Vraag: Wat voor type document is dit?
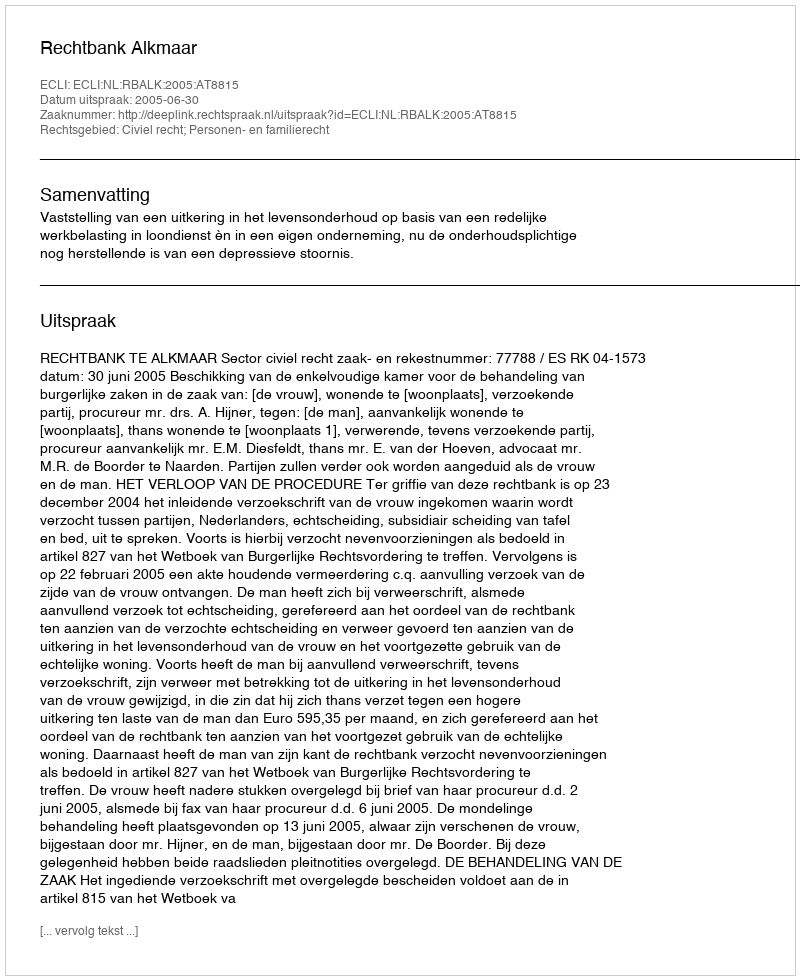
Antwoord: Uitspraak